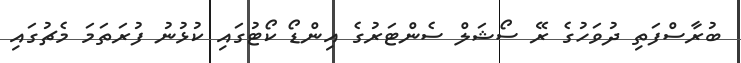
ބުރާސްފަތި ދުވަހުގެ ރޭ ސޯޝަލް ސެންޓަރުގެ އިންޑޯ ކޯޓުގައި ކުޅުނު ފުރަތަމަ މެޗުގައި